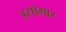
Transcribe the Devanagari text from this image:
इसोमार